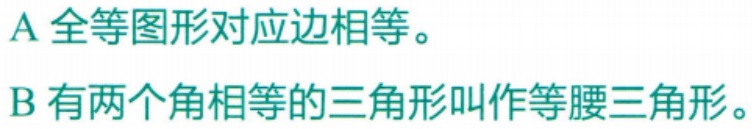
A 全等图形对应边相等。
B 有两个角相等的三角形叫作等腰三角形。